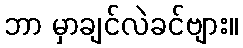
ဘာ မှာချင်လဲခင်ဗျား။